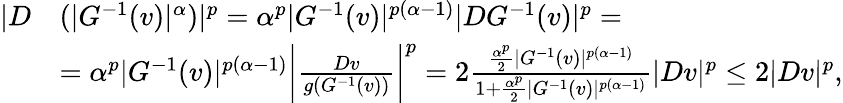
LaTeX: \begin{array}{rl}{|D}&{(|G^{-1}(v)|^{\alpha})|^{p}=\alpha^{p}|G^{-1}(v)|^{p(\alpha-1)}|DG^{-1}(v)|^{p}=}\\ &{=\alpha^{p}|G^{-1}(v)|^{p(\alpha-1)}\biggl|\frac{Dv}{g(G^{-1}(v))}\biggr|^{p}=2\frac{\frac{\alpha^{p}}{2}|G^{-1}(v)|^{p(\alpha-1)}}{1+\frac{\alpha^{p}}{2}|G^{-1}(v)|^{p(\alpha-1)}}|Dv|^{p}\le 2|Dv|^{p},}\end{array}